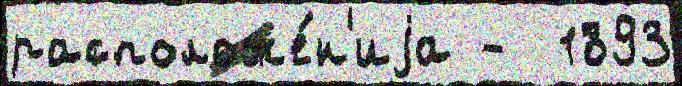
расположе́н'иjа -  1893